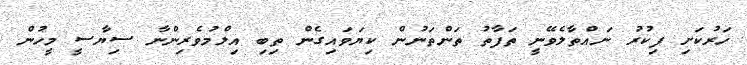
ހަރުކަށި ފިކުރު ނައްތާލެވޭނީ ތަފާތު ތަންތަނުން ކިޔަވައިގެން ތިބި އިލްމުވެރިންނާ ސިޔާސީ މީހުން